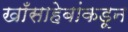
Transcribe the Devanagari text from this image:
खाँसाहेबांकडून